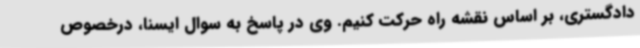
دادگستری، بر اساس نقشه راه حرکت کنیم. وی در پاسخ به سوال ایسنا، درخصوص